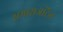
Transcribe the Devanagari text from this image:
समासजटिल